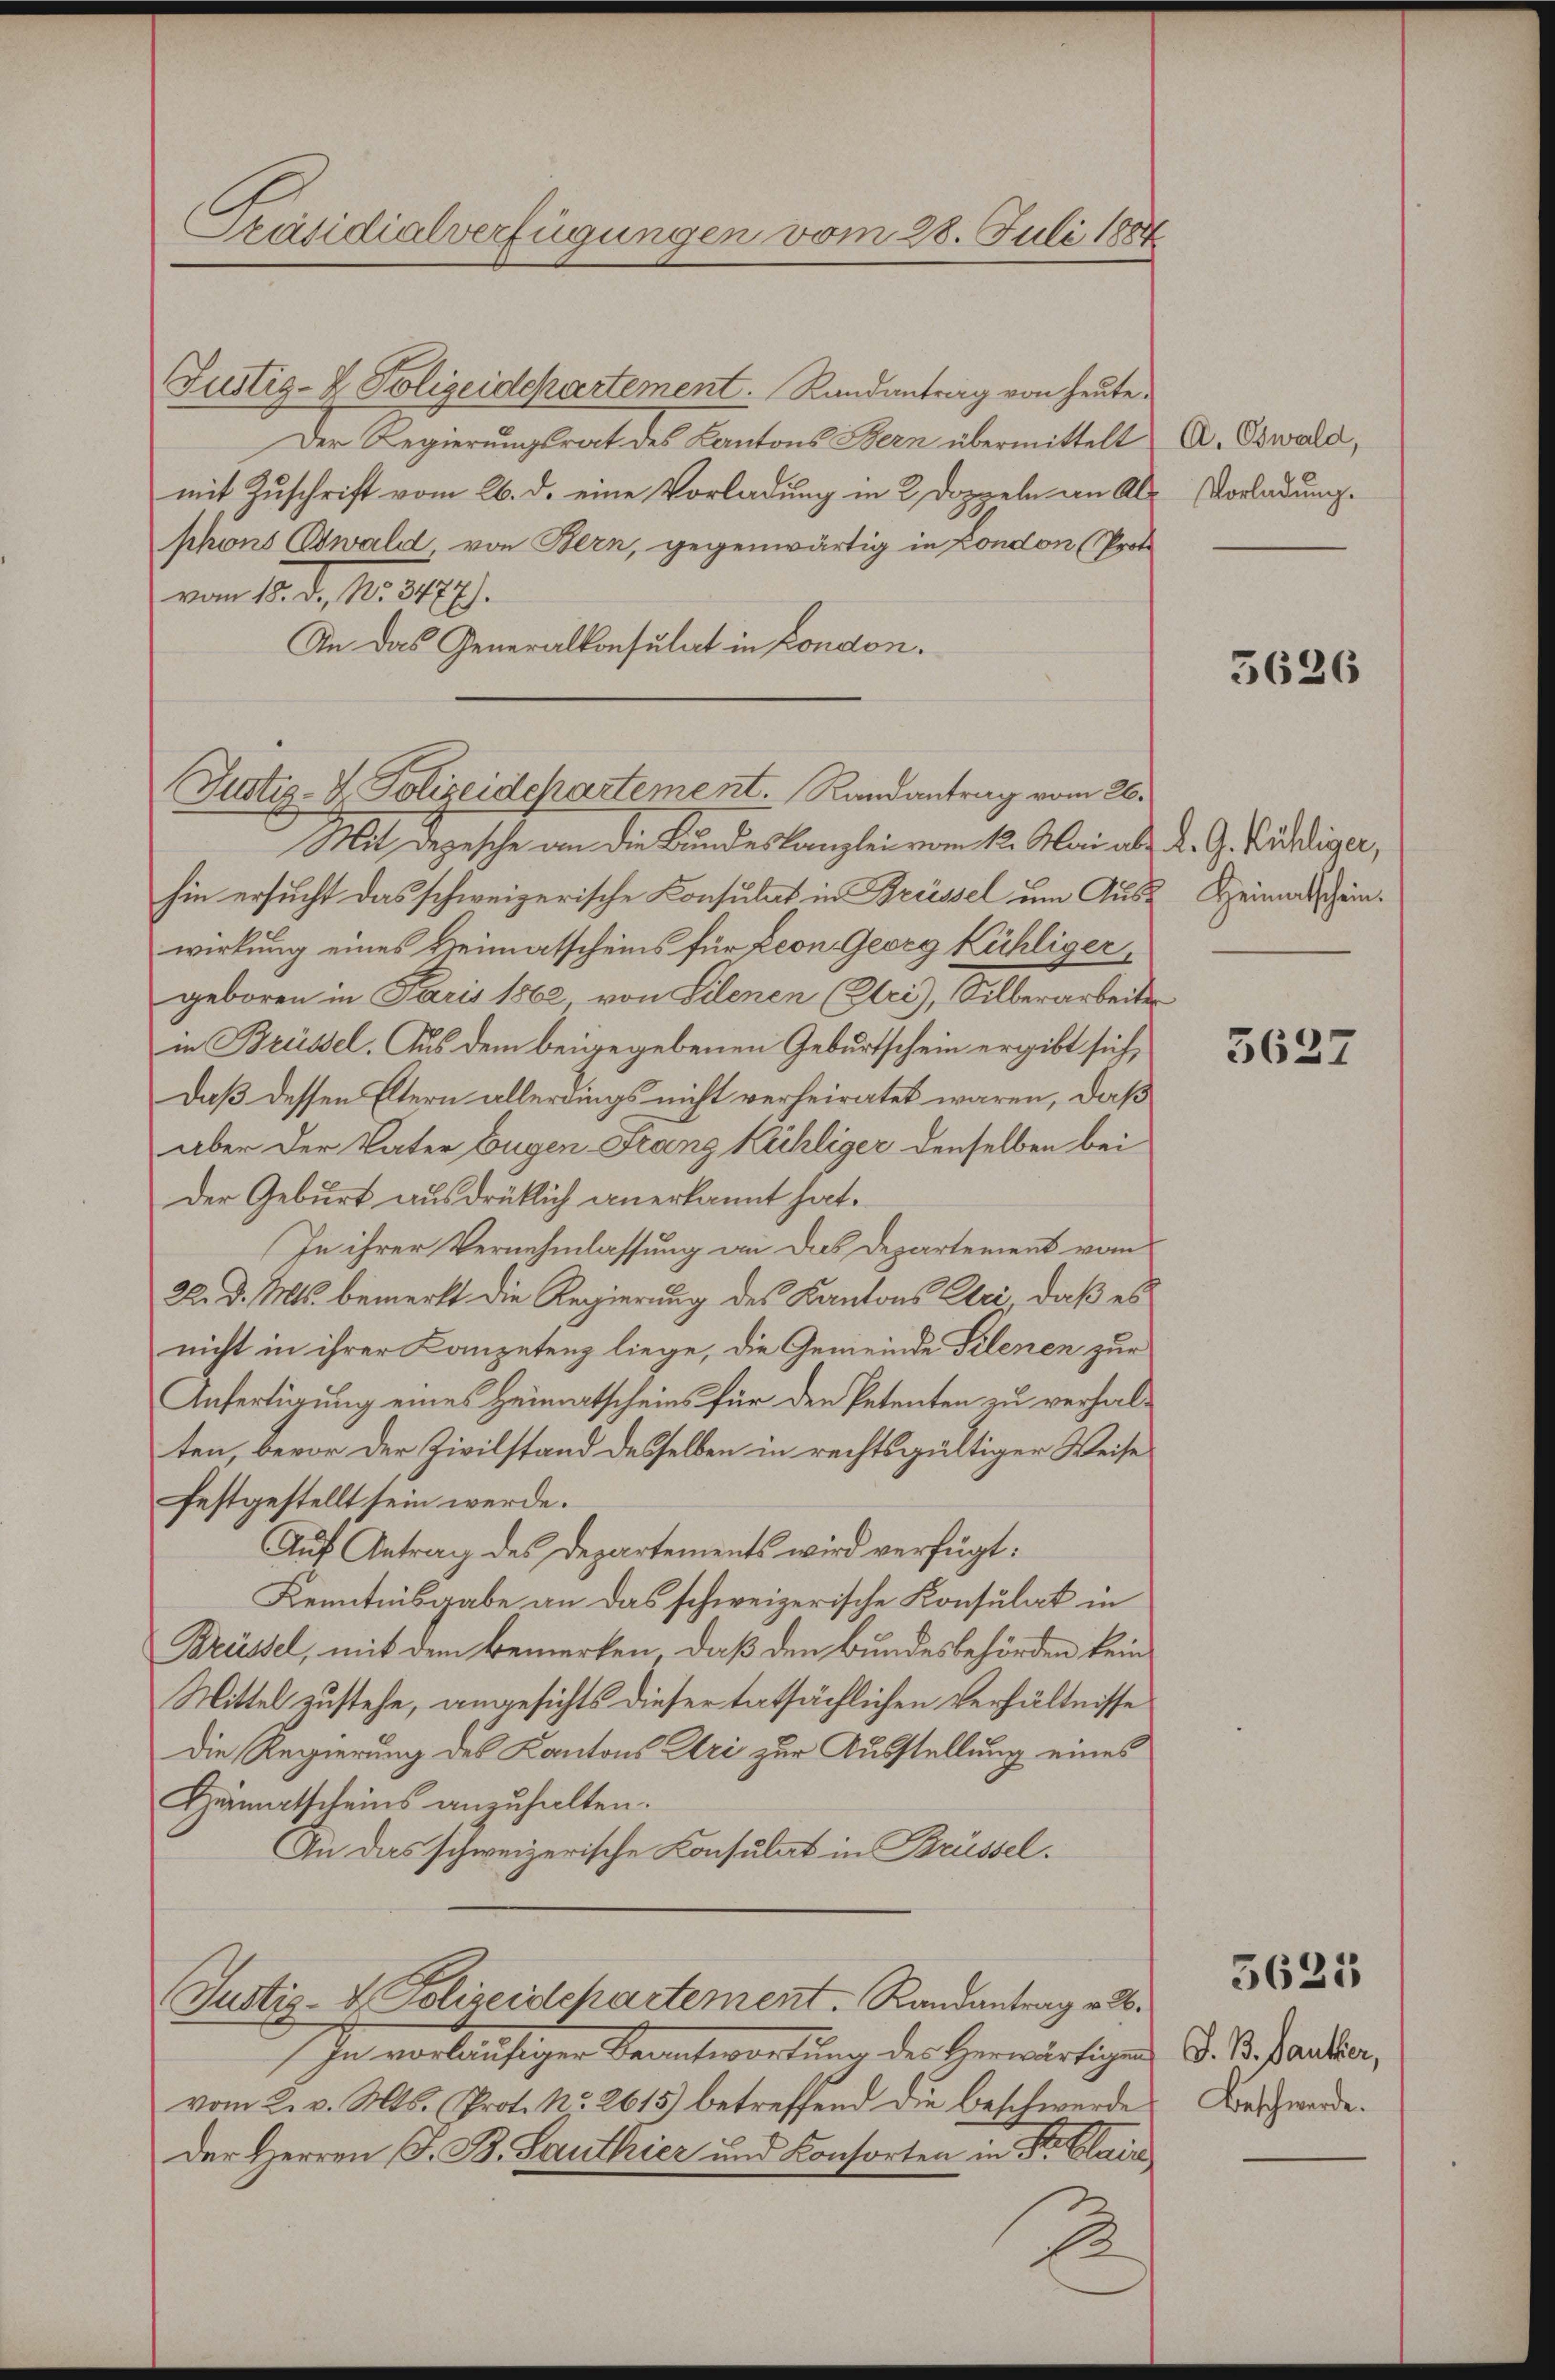
Präsidialverfügungen vom 28. Juli 1884

Justiz- & Polizeidepartement. Randantrag von heute.
Der Regierungsrat des Kantons Bern übermittelt
mit Zuschrift vom 26. d. eine Vorladung in 2 Doppeln an Alphons Oswald von Bern, gegenwärtig in London (Proto
vom 15. d. 1881.
An das Generalkonsulat in London.
Mit Depesche von die Bundeskanzlei vom 12. Mai als K. G. Puddinger,
hin ersucht das schweizerische Konsulat in Brüssel um Aus- Heimatscheinwirkung eines Heimatscheins für Leon Georg Kühliger,
geboren in Paris 1862, von Lilenen (Uri), Silberarbeite
in Brüssel. Aus dem beigegebenen Geburtschein ergibt sich,
Daß dessen Eltern allerdings nicht verheiratet waren, daß
aber der Vater Eugen-Franz Kühliger denselben bei
Der Geburt ausdrüklich anerkannt hat.
In ihrer Vernehmlassung an das Departement vom
22. d. Mts. bemerkt die Regierung des Kantons Uri, daß es
nicht in ihrer Kanzetenz liege, die Gemeinde Filenen zur
Anfertigung eines Heimatscheins für den Petenten zu verhalten, bevor der Zivilstand desselben in rechtsgültiger Weise
festgestellt sein werde.
Auf Antrag des Departements wird verfügt:
Kenntnisgabe an das schweizerische Konsulat in
Brüssel, mit dem Bemerken, daß den Bundesbehörden kein
Mittel zustehe, angesichts dieser tatsächlichen Verhältnisse
Die Regierung des Kantons Uri zur Ausstellung eines
Heimatscheins anzuhalten.
An das schweizerische Konsulat in Brüssel.
Justiz- & Polizeidepartement. Randantrag v. 6.
In vorläufigen Beantwortung der herwärtigen
vom 2. v. Mts. (Prot. No. 2615) betreffend die beschwerde
Der Herren G. B. Lanthier und Konsorten in der a

Justiz-V. Polizeidchartement. Randantrag vom 26.

7

A. Oswald,
Vorladung.

5626

5637

J. B. Lauter,
Beschwerde.

5625